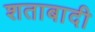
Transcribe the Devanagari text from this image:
शताबादी